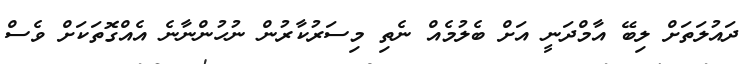
ދައުލަތަށް ލިބޭ އާމްދަނީ އަށް ބެލުމެއް ނެތި މިސަރުކާރުން ނުހުންނާނެ އެއްގޮތަކަށް ވެސް